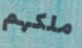
ملكهم